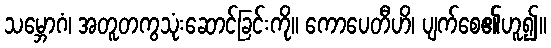
သမ္ဘောဂံ၊ အတူတကွသုံးဆောင်ခြင်းကို။ ကောပေတီဟိ၊ ပျက်စေ၏ဟူ၍။